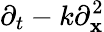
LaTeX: \partial_{t}-k\partial_{\mathbf{x}}^{2}